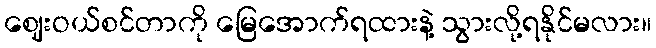
ဈေးဝယ်စင်တာကို မြေအောက်ရထားနဲ့ သွားလို့ရနိုင်မလား။